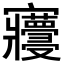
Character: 𡬓